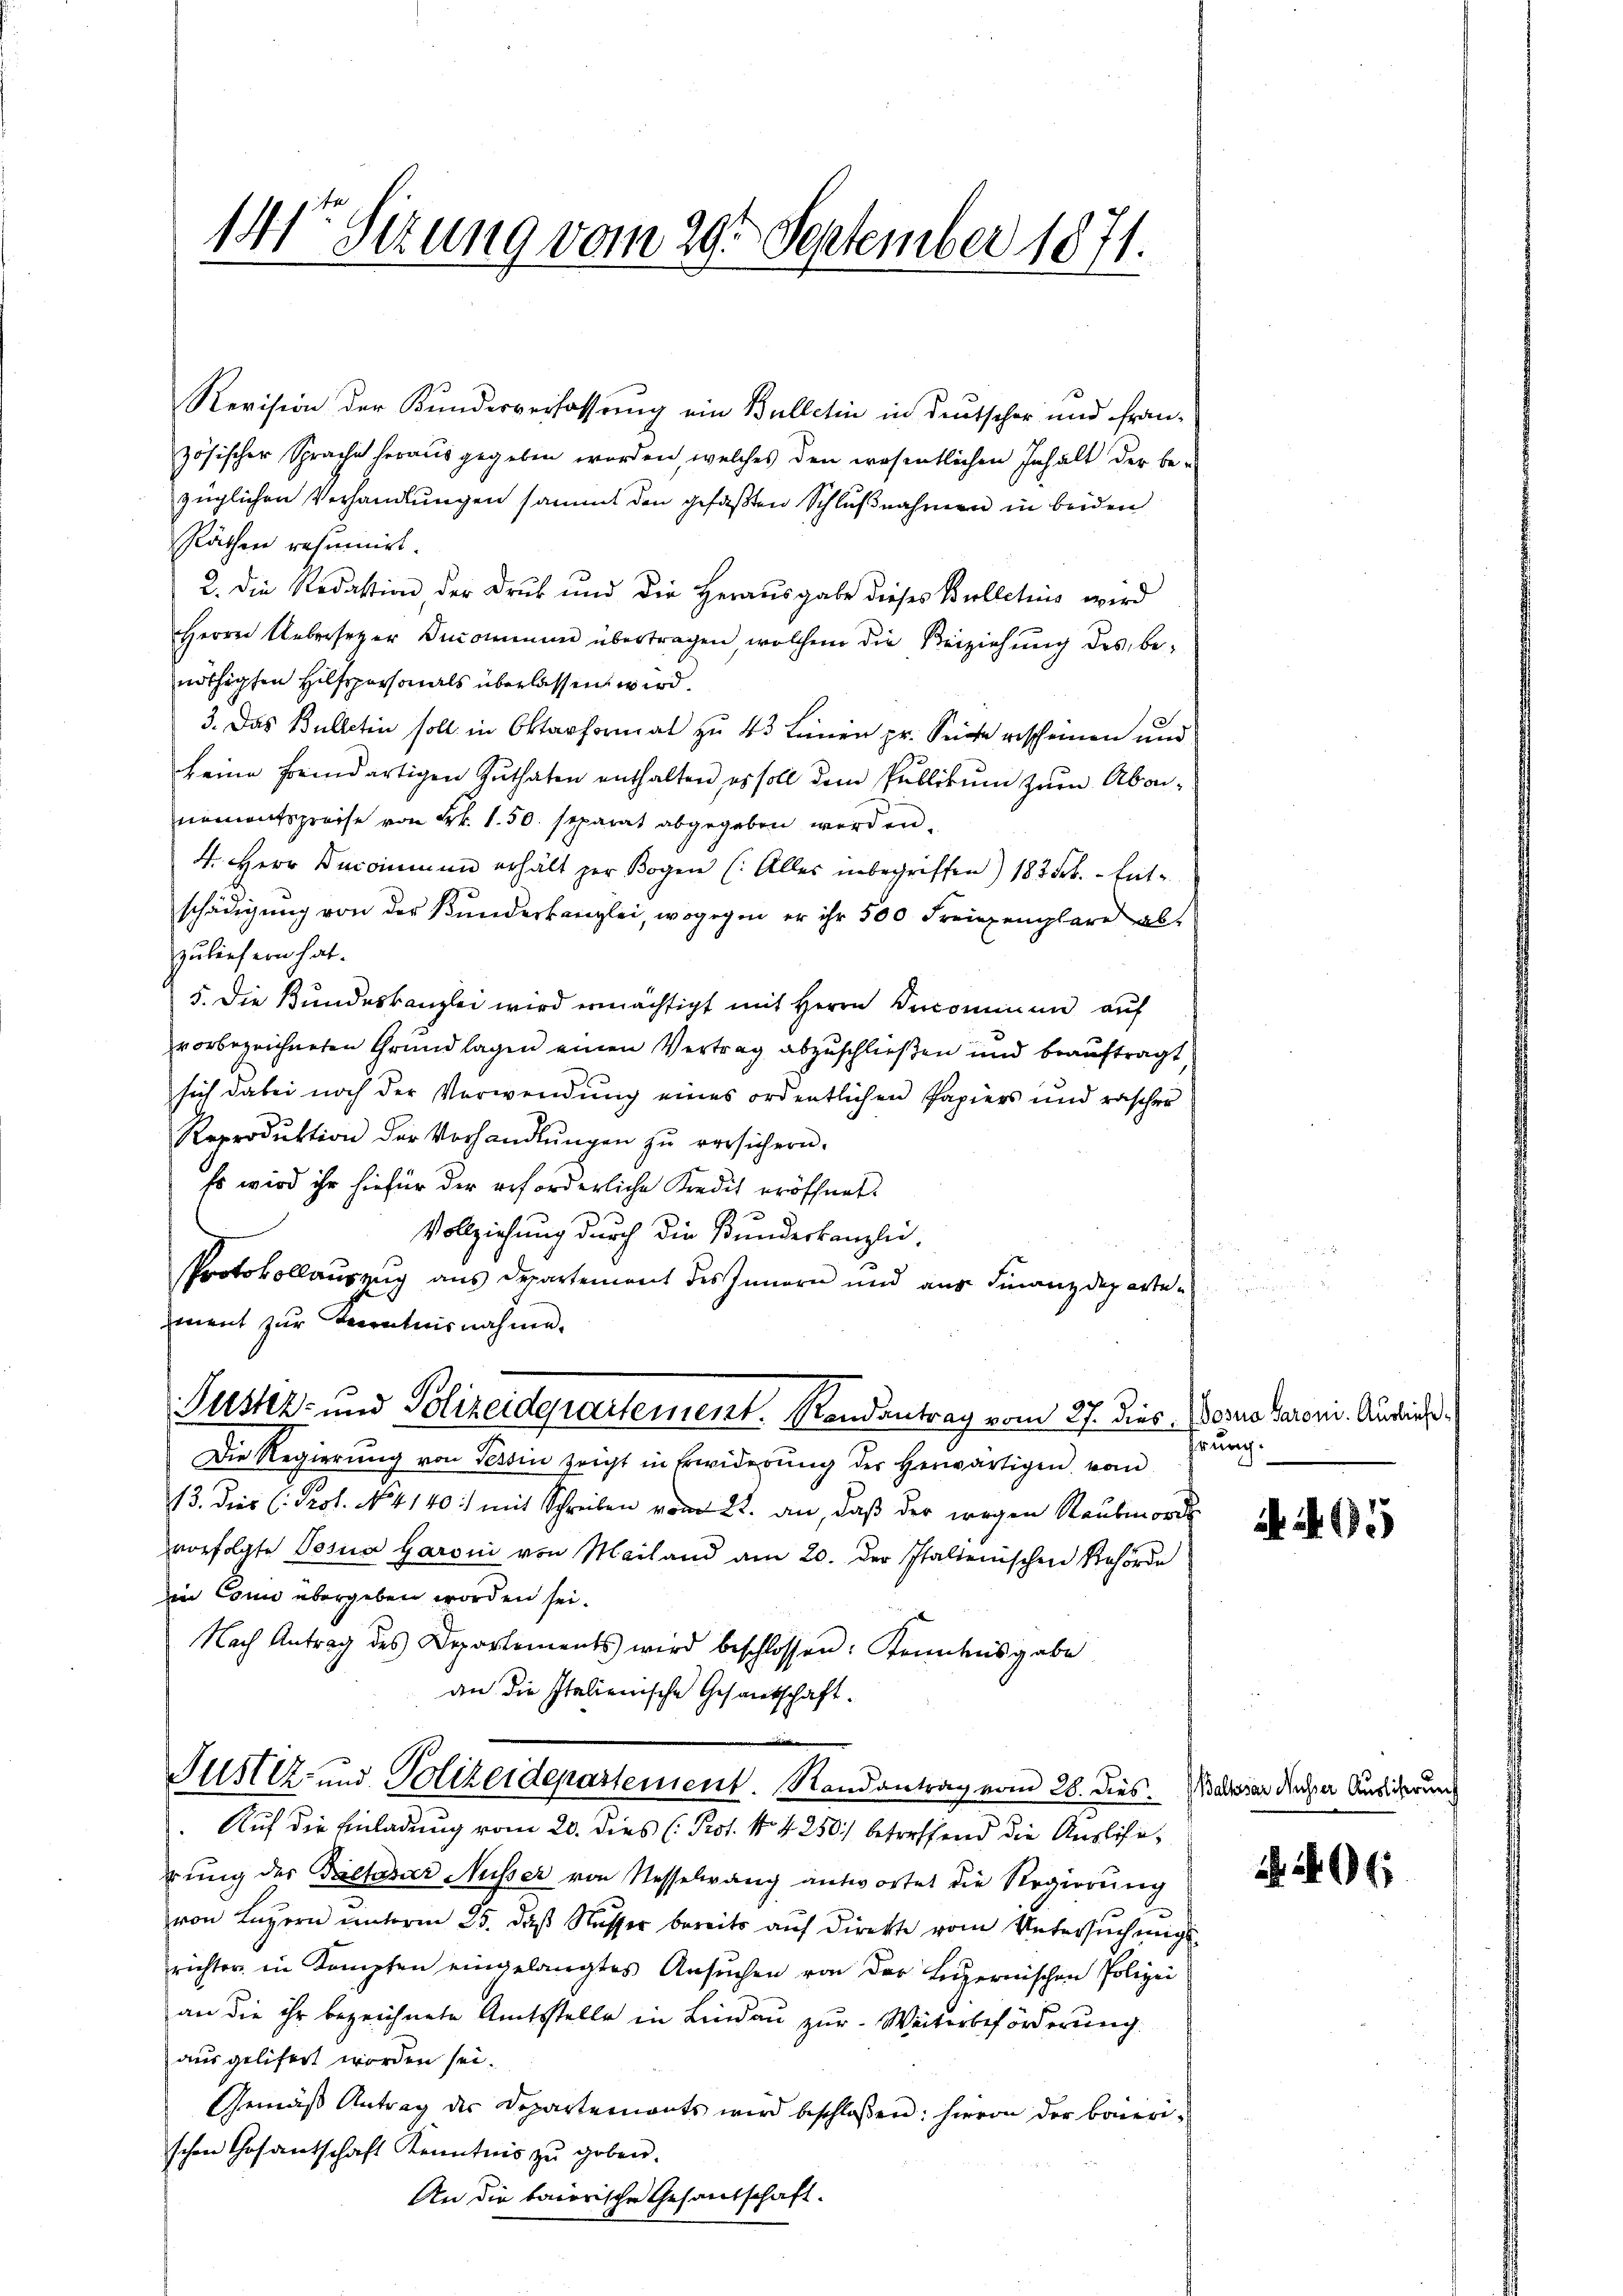
141te Sitzung vom 29. September 1871.

Revision der Bunderverfassung ein Bulletin in Deutscher und französischer Sprache heraus gegeben worden, welches den wesentlichen Inhalt der be-
züglichen Verhandlungen sammt den gefaßten Schlußnahmen in beiden
Räthen resumirt.
2. Die Redaktion, der Druk und die Herausgabe dieses Bulletius wird
Herrn Uebersetzer Incominen übertragen, welchem die Beiziehŭng des be-
nöthigten Hilfspersonals überlassen wird.
3. Das Bulletin soll in Oktavformal zu 45 Linen pr. Suche gescheinen und
keine fremdartigen Zuthaten enthalten, es soll dem Publikum zum Abonnamentspreise von Frk. 1.50. separat abgegeben werden.
4. Herr Decommen erhält der Bogen (: Alles inbegriffen) 183 Frk. - Ent-
schädigŭng von der Kundeskanzlei, wogegen er ihr 500 Freizemplare al
zuliefern hat.
5. Die Bundeskanzlei wird ermächtigt mit Herrn Decominen auf
vorbezeichneten Grundlagen einen Vertrag abzuschließen und beauftragt,
sich dabei noch der Verwendung eines ordentlichen Papiers und rascher
Reproduktion der Vorhandlŭngen zŭ versichern.
Es wird ihr hiefür der erforderliche Kredit eröffnet.
Vollziehung durch die Bundeskanzlei.
Protokollauszug aus Departement des Innern und aus Finanzdeparteement zur Kenntnisnahme.
Justiz- und Polizeidquartement. Randantrag vom 27. Dies Jerus Baroni. Ausrich¬
Die Regierŭng von Tessin zeigt in Erwiderŭng der herwärtigen von
43. Dies (: Prof. No. 4140.) mit Schreiben vom 22. an, daß der wegen Raubmorde
vorfolgte Tosia Baroni von Mailand am 20. der Italienischen Behörde
in Conn übergeben worden sei.
Nach Antrag des Departements wird beschlossen: Kenntnisgabe
an die Italienische Gesandschaft.
Justiz- und Polizeidepartement. Randantrag vom 26. dies. Baderar diese Ausierung
.Auf die Einladung vom 20. dies (Pot. N. 4250) betreffend die Auslierung des Piltasar Nüsser von Nesselwang antwortet die Regierung
von Luzern unterm 25. daß Musser bereits auf Direkte vom Untersuchungsrichter in Kampfen eingelangtes Ansŭchen von der Luzernischen Polizei
an die ihr bezeichnete Amtsstelle in Lindau zur Weiterbeförderung.
ausgelifert worden sei.
Gemäβ Antrag der Departements wird beschlossen: hievon der baieri-
schen Cosantschaft Kenntnis zu geben.
An die baierische Gesandschaft.

hrung.

A 15

296